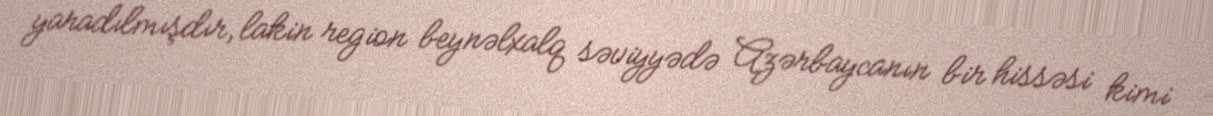
yaradılmışdır, lakin region beynəlxalq səviyyədə Azərbaycanın bir hissəsi kimi